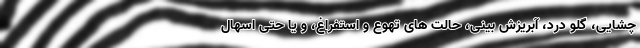
چشایی، گلو درد، آبریزش بینی، حالت های تهوع و استفراغ، و یا حتی اسهال